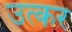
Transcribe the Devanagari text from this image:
उत्कर